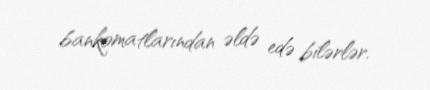
bankomatlarından əldə edə bilərlər.